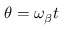
\theta = \omega _ { \beta } t